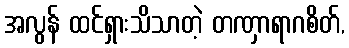
အလွန် ထင်ရှားသိသာတဲ့ တဏှာရာဂစိတ်,